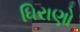
ધિરાણો